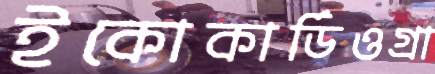
ইকোকার্ডিওগ্রা